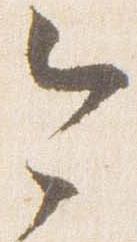
今